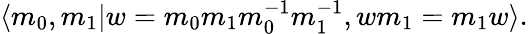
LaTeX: \langle m_{0},m_{1}\vert w=m_{0}m_{1}m_{0}^{-1}m_{1}^{-1},wm_{1}=m_{1}w\rangle.